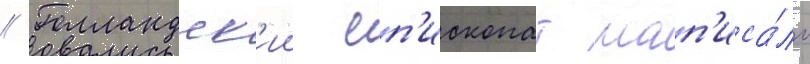
// Голландск'ии еп'ископат нап'иса́ло